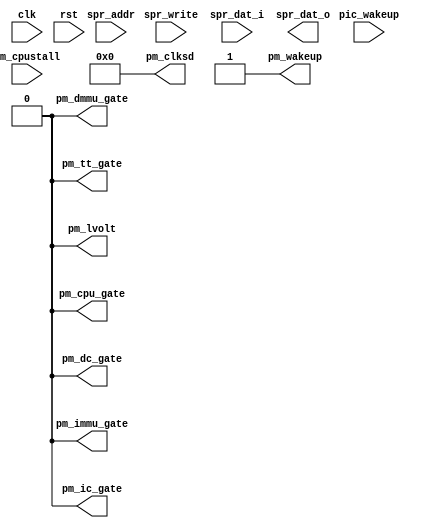
module or1200_pm(
	// RISC Internal Interface
	clk, rst, pic_wakeup, spr_write, spr_addr, spr_dat_i, spr_dat_o,
	
	// Power Management Interface
	pm_clksd, pm_cpustall, pm_dc_gate, pm_ic_gate, pm_dmmu_gate,
	pm_immu_gate, pm_tt_gate, pm_cpu_gate, pm_wakeup, pm_lvolt
);

//
// RISC Internal Interface
//
input		clk;		// Clock
input		rst;		// Reset
input		pic_wakeup;	// Wakeup from the PIC
input		spr_write;	// SPR Read/Write
input	[31:0]	spr_addr;	// SPR Address
input	[31:0]	spr_dat_i;	// SPR Write Data
output	[31:0]	spr_dat_o;	// SPR Read Data

//
// Power Management Interface
//
input		pm_cpustall;	// Stall the CPU
output	[3:0]	pm_clksd;	// Clock Slowdown factor
output		pm_dc_gate;	// Gate DCache clock
output		pm_ic_gate;	// Gate ICache clock
output		pm_dmmu_gate;	// Gate DMMU clock
output		pm_immu_gate;	// Gate IMMU clock
output		pm_tt_gate;	// Gate Tick Timer clock
output		pm_cpu_gate;	// Gate main RISC/CPU clock
output		pm_wakeup;	// Activate (de-gate) all clocks
output		pm_lvolt;	// Lower operating voltage

`ifdef OR1200_PM_IMPLEMENTED

//
// Power Management Register bits
//
reg	[3:0]	sdf;	// Slow-down factor
reg		dme;	// Doze Mode Enable
reg		sme;	// Sleep Mode Enable
reg		dcge;	// Dynamic Clock Gating Enable

//
// Internal wires
//
wire		pmr_sel; // PMR select

//
// PMR address decoder (partial decoder)
//
`ifdef OR1200_PM_PARTIAL_DECODING
assign pmr_sel = (spr_addr[`OR1200_SPR_GROUP_BITS] == `OR1200_SPRGRP_PM) ? 1'b1 : 1'b0;
`else
assign pmr_sel = ((spr_addr[`OR1200_SPR_GROUP_BITS] == `OR1200_SPRGRP_PM) &&
		  (spr_addr[`OR1200_SPR_OFS_BITS] == `OR1200_PM_OFS_PMR)) ? 1'b1 : 1'b0;
`endif

//
// Write to PMR and also PMR[DME]/PMR[SME] reset when
// pic_wakeup is asserted
//
always @(posedge clk or posedge rst)
	if (rst)
		{dcge, sme, dme, sdf} <= 7'b0;
	else if (pmr_sel && spr_write) begin
		sdf <= #1 spr_dat_i[`OR1200_PM_PMR_SDF];
		dme <= #1 spr_dat_i[`OR1200_PM_PMR_DME];
		sme <= #1 spr_dat_i[`OR1200_PM_PMR_SME];
		dcge <= #1 spr_dat_i[`OR1200_PM_PMR_DCGE];
	end
	else if (pic_wakeup) begin
		dme <= #1 1'b0;
		sme <= #1 1'b0;
	end

//
// Read PMR
//
`ifdef OR1200_PM_READREGS
assign spr_dat_o[`OR1200_PM_PMR_SDF] = sdf;
assign spr_dat_o[`OR1200_PM_PMR_DME] = dme;
assign spr_dat_o[`OR1200_PM_PMR_SME] = sme;
assign spr_dat_o[`OR1200_PM_PMR_DCGE] = dcge;
`ifdef OR1200_PM_UNUSED_ZERO
assign spr_dat_o[`OR1200_PM_PMR_UNUSED] = 25'b0;
`endif
`endif

//
// Generate pm_clksd
//
assign pm_clksd = sdf;

//
// Statically generate all clock gate outputs
// TODO: add dynamic clock gating feature
//
assign pm_cpu_gate = (dme | sme) & ~pic_wakeup;
assign pm_dc_gate = pm_cpu_gate;
assign pm_ic_gate = pm_cpu_gate;
assign pm_dmmu_gate = pm_cpu_gate;
assign pm_immu_gate = pm_cpu_gate;
assign pm_tt_gate = sme & ~pic_wakeup;

//
// Assert pm_wakeup when pic_wakeup is asserted
//
assign pm_wakeup = pic_wakeup;

//
// Assert pm_lvolt when pm_cpu_gate or pm_cpustall are asserted
//
assign pm_lvolt = pm_cpu_gate | pm_cpustall;

`else

//
// When PM is not implemented, drive all outputs as would when PM is disabled
//
assign pm_clksd = 4'b0;
assign pm_cpu_gate = 1'b0;
assign pm_dc_gate = 1'b0;
assign pm_ic_gate = 1'b0;
assign pm_dmmu_gate = 1'b0;
assign pm_immu_gate = 1'b0;
assign pm_tt_gate = 1'b0;
assign pm_wakeup = 1'b1;
assign pm_lvolt = 1'b0;

//
// Read PMR
//
`ifdef OR1200_PM_READREGS
assign spr_dat_o[`OR1200_PM_PMR_SDF] = 4'b0;
assign spr_dat_o[`OR1200_PM_PMR_DME] = 1'b0;
assign spr_dat_o[`OR1200_PM_PMR_SME] = 1'b0;
assign spr_dat_o[`OR1200_PM_PMR_DCGE] = 1'b0;
`ifdef OR1200_PM_UNUSED_ZERO
assign spr_dat_o[`OR1200_PM_PMR_UNUSED] = 25'b0;
`endif
`endif

`endif

endmodule